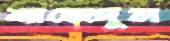
শাজেদুল